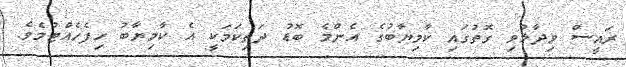
ރައީސް ވިދާޅުވި ގޮތުގައި ކާމިޔާބުގެ އެންމެ ބޮޑު ދަތިކަމަކީ އެ ކާމިޔާބު ހިފެހެއްޓުމެވެ.